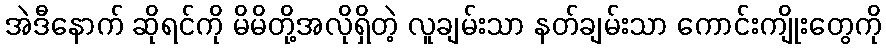
အဲဒီနောက် ဆိုရင်ကို မိမိတို့အလိုရှိတဲ့ လူချမ်းသာ နတ်ချမ်းသာ ကောင်းကျိုးတွေကို